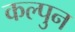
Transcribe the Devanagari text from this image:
कल्पुन